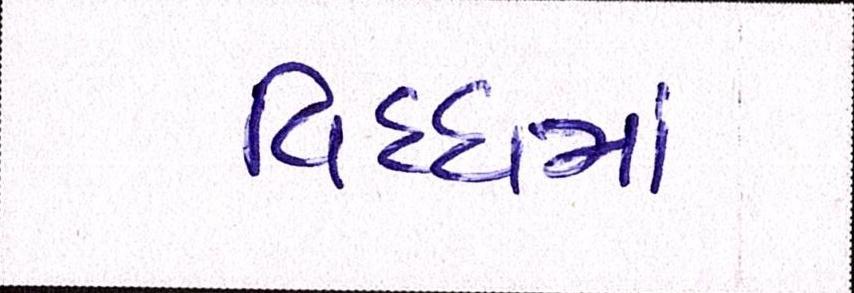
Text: વિધ્ધમાં